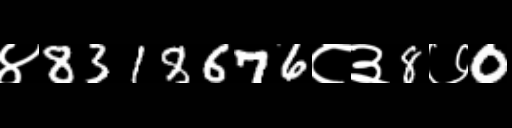
Text: ४8318676८३8७0